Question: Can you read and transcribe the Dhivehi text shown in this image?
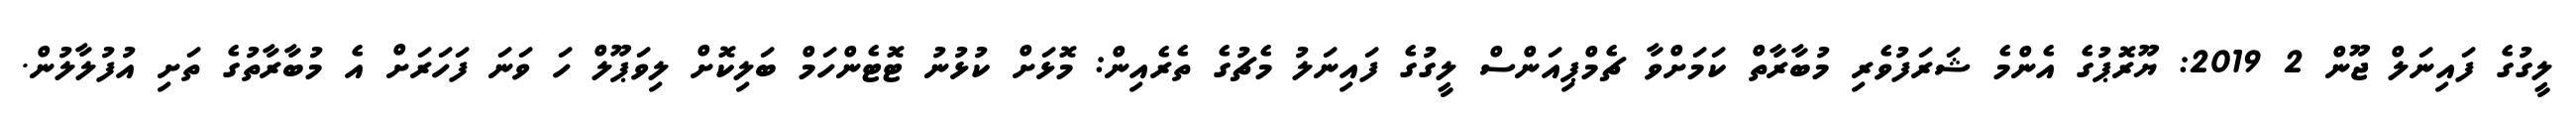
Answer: ލީގުގެ ފައިނަލް ޖޫން 2 2019: ޔޫރޮޕުގެ އެންމެ ޝަރަފުވެރި މުބާރާތް ކަމަށްވާ ޗެމްޕިއަންސް ލީގުގެ ފައިނަލު މެޗުގެ ތެރެއިން: މޮޅަށް ކުޅުނު ޓޮޓެންހަމް ބަލިކޮށް ލިވަޕޫލް ހަ ވަނަ ފަހަރަށް އެ މުބާރާތުގެ ތަށި އުފުލާލުން.